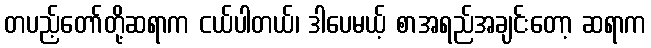
တပည့်တော်တို့ဆရာက ငယ်ပါတယ်၊ ဒါပေမယ့် စာအရည်အချင်းတော့ ဆရာက